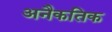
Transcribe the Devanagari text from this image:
अनैकतिक